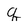
Character: q